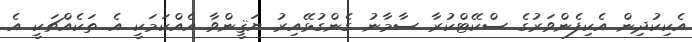
އެކިކުދިން އެކިފެންވަރުގެ ސްކޭޓްކުރާ ސާމާނު ގެންގުޅޭއިރު ޔަޤީންވާ އެއްކަމަކީ އެ ތަކެއްޗަކީ އެ